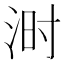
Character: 𪶄